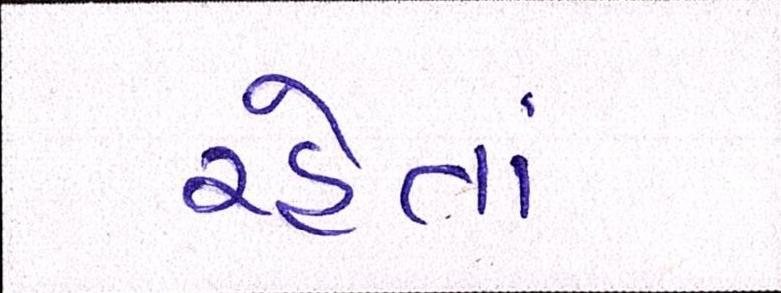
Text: રહેતાં